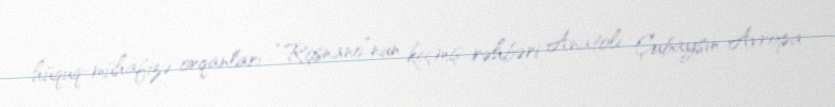
hüquq-mühafizə orqanları “Rosnano”nun keçmiş rəhbəri Anatoli Çubaysın Avropa